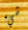
شيء